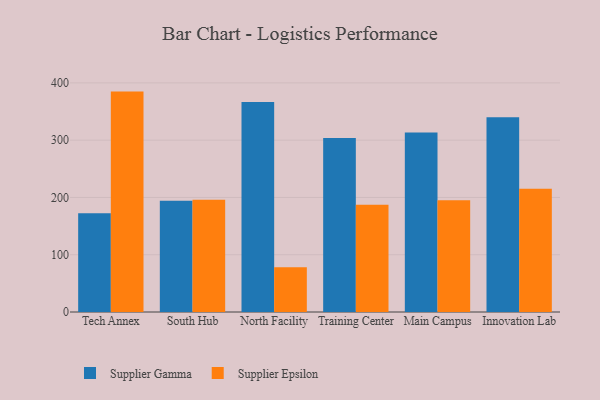
{"axis": {"x": "Campus", "y": "Budget (USD K)"}, "legend": ["Supplier Epsilon", "Supplier Gamma"], "data": [{"x": "Tech Annex", "y": 172.2, "type": "Supplier Gamma"}, {"x": "Tech Annex", "y": 384.8, "type": "Supplier Epsilon"}, {"x": "South Hub", "y": 194.4, "type": "Supplier Gamma"}, {"x": "South Hub", "y": 195.8, "type": "Supplier Epsilon"}, {"x": "North Facility", "y": 366.7, "type": "Supplier Gamma"}, {"x": "North Facility", "y": 78.3, "type": "Supplier Epsilon"}, {"x": "Training Center", "y": 303.7, "type": "Supplier Gamma"}, {"x": "Training Center", "y": 187.2, "type": "Supplier Epsilon"}, {"x": "Main Campus", "y": 313.4, "type": "Supplier Gamma"}, {"x": "Main Campus", "y": 195.3, "type": "Supplier Epsilon"}, {"x": "Innovation Lab", "y": 340.2, "type": "Supplier Gamma"}, {"x": "Innovation Lab", "y": 215.3, "type": "Supplier Epsilon"}]}